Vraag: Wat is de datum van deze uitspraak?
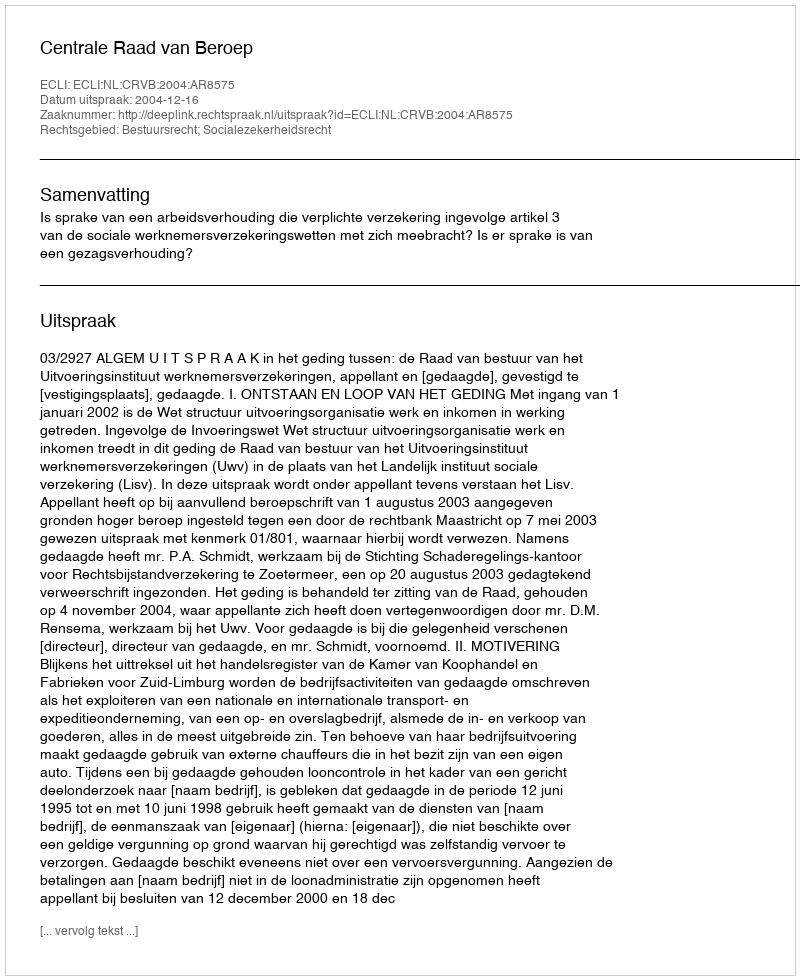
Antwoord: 2004-12-16